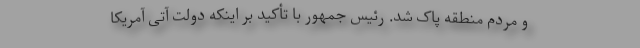
و مردم منطقه پاک شد. رئیس جمهور با تأکید بر اینکه دولت آتی آمریکا